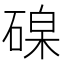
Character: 𥔟